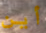
أين